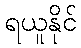
ရယူနိုင်